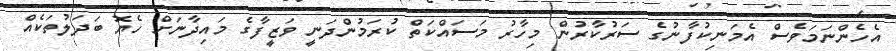
އެހެންނަމަވެސް އެމަނިކުފާނުގެ ސަރުކާރުން މިހާރު މަސައްކަތް ކުރަމުންދަނީ ވަޒީފާގެ މައިދާނަށް ހެޔޮ ބަދަލުތަކެއް